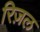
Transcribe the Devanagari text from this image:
रिज़ल